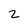
Character: 2